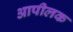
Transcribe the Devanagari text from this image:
आपीलक